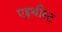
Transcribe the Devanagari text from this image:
एइथीस्ट